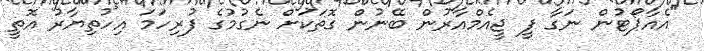
"އެއާޕޯޓުން ނަގާ ފީ ޖީއެމްއާރުން ބޭނުން ގޮތަކަށް ނެގުމުގެ ފުރިހަމަ އިހުތިޔާރު އޮތީ